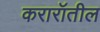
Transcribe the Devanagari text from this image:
करारॉतील